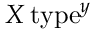
X \, \mathrm { t y p e } ^ { y }